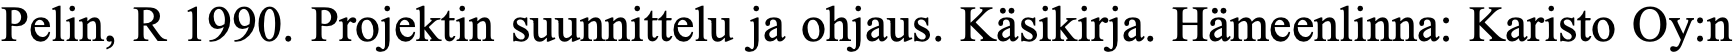
Pelin, R 1990. Projektin suunnittelu ja ohjaus. Käsikirja. Hämeenlinna: Karisto Oy:n